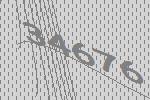
34676